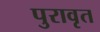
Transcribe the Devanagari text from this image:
पुरावृत